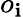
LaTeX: o_{\mathbf{i}}